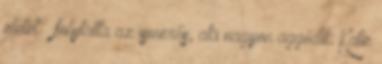
életet – folytatta az ismerős, aki nagyon aggódik Katie